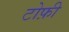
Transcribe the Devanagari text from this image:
टोफ़ी